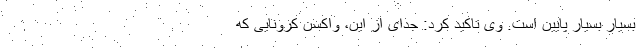
بسیار بسیار پایین است. وی تاکید کرد: جدای از این، واکسن کرونایی که